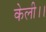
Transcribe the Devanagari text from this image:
केली।।